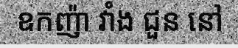
ឧកញ៉ា វាំង ជួន នៅ